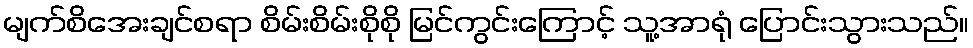
မျက်စိအေးချင်စရာ စိမ်းစိမ်းစိုစို မြင်ကွင်းကြောင့် သူ့အာရုံ ပြောင်းသွားသည်။